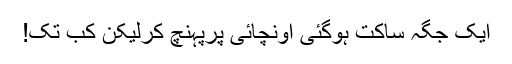
ایک جگہ ساکت ہوگئی اونچائی پرپہنچ کرلیکن کب تک!